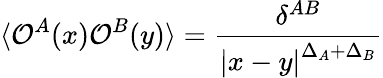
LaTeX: \langle{\cal O}^{A}(x){\cal O}^{B}(y)\rangle=\frac{\delta^{AB}}{\left|x-y\right|^{\Delta_{A}+\Delta_{B}}}